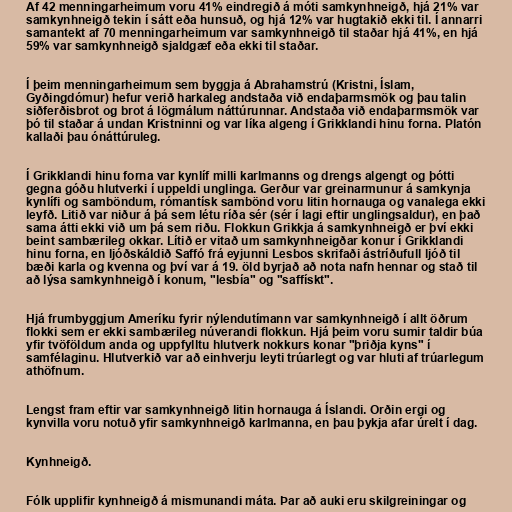
Af 42 menningarheimum voru 41% eindregið á móti samkynhneigð, hjá 21% var
samkynhneigð tekin í sátt eða hunsuð, og hjá 12% var hugtakið ekki til. Í annarri
samantekt af 70 menningarheimum var samkynhneigð til staðar hjá 41%, en hjá
59% var samkynhneigð sjaldgæf eða ekki til staðar.

Í þeim menningarheimum sem byggja á Abrahamstrú (Kristni, Íslam,
Gyðingdómur) hefur verið harkaleg andstaða við endaþarmsmök og þau talin
siðferðisbrot og brot á lögmálum náttúrunnar. Andstaða við endaþarmsmök var
þó til staðar á undan Kristninni og var líka algeng í Grikklandi hinu forna. Platón
kallaði þau ónáttúruleg.

Í Grikklandi hinu forna var kynlíf milli karlmanns og drengs algengt og þótti
gegna góðu hlutverki í uppeldi unglinga. Gerður var greinarmunur á samkynja
kynlífi og samböndum, rómantísk sambönd voru litin hornauga og vanalega ekki
leyfð. Litið var niður á þá sem létu ríða sér (sér í lagi eftir unglingsaldur), en það
sama átti ekki við um þá sem riðu. Flokkun Grikkja á samkynhneigð er því ekki
beint sambærileg okkar. Lítið er vitað um samkynhneigðar konur í Grikklandi
hinu forna, en ljóðskáldið Saffó frá eyjunni Lesbos skrifaði ástríðufull ljóð til
bæði karla og kvenna og því var á 19. öld byrjað að nota nafn hennar og stað til
að lýsa samkynhneigð í konum, "lesbía" og "saffískt".

Hjá frumbyggjum Ameríku fyrir nýlendutímann var samkynhneigð í allt öðrum
flokki sem er ekki sambærileg núverandi flokkun. Hjá þeim voru sumir taldir búa
yfir tvöföldum anda og uppfylltu hlutverk nokkurs konar "þriðja kyns" í
samfélaginu. Hlutverkið var að einhverju leyti trúarlegt og var hluti af trúarlegum
athöfnum.

Lengst fram eftir var samkynhneigð litin hornauga á Íslandi. Orðin ergi og
kynvilla voru notuð yfir samkynhneigð karlmanna, en þau þykja afar úrelt í dag.

Kynhneigð.

Fólk upplifir kynhneigð á mismunandi máta. Þar að auki eru skilgreiningar og